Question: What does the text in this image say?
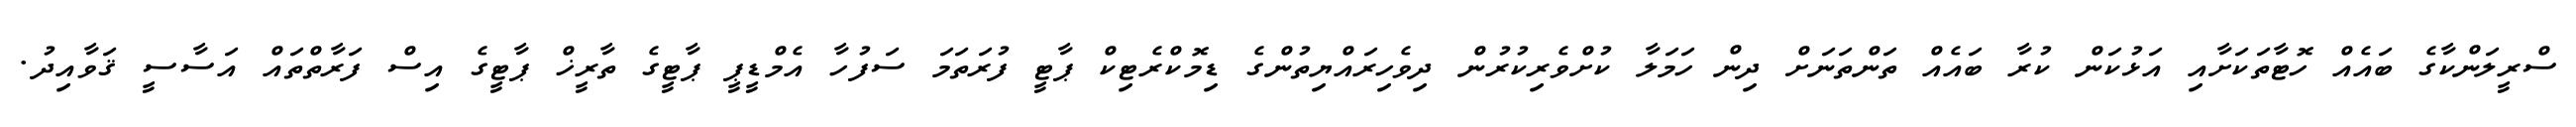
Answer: ސްރީލަންކާގެ ބައެއް ހޮޓާތަކަށާއި އަޅުކަން ކުރާ ބައެއް ތަންތަނަށް ދިން ހަމަލާ ކުށްވެރިކުރުން ދިވެހިރައްޔިތުންގެ ޑިމޮކްރެޓިކް ޕާޓީ ފުރަތަމަ ސަފުހާ އެމްޑީޕީ ޕާޓީގެ ތާރީޚް ޕާޓީގެ އިސް ފަރާތްތައް އަސާސީ ޤަވާއިދު.